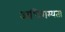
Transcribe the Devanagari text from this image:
अधिगम्यता